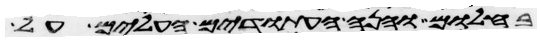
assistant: בחלום והנה העתודים העלים על